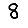
Digit: 8